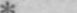
*